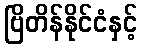
ဗြိတိန်နိုင်ငံနှင့်